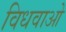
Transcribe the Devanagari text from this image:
विधवाओ